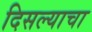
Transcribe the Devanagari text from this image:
दिसल्याचा